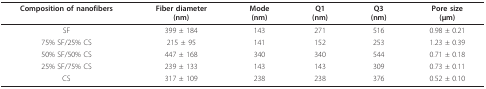
| Composition of nanofibers | Fiber diameter(nm) | Mode(nm) | Q1(nm) | Q3(nm) | Pore size(μm) |
 | --- | --- | --- | --- | --- | --- |
 | SF | 399 ± 184 | 143 | 271 | 516 | 0.98 ± 0.21 |
 | 75% SF/25% CS | 215 ± 95 | 141 | 152 | 253 | 1.23 ± 0.39 |
 | 50% SF/50% CS | 447 ± 168 | 340 | 340 | 544 | 0.71 ± 0.18 |
 | 25% SF/75% CS | 239 ± 133 | 143 | 143 | 309 | 0.73 ± 0.11 |
 | CS | 317 ± 109 | 238 | 238 | 376 | 0.52 ± 0.10 |